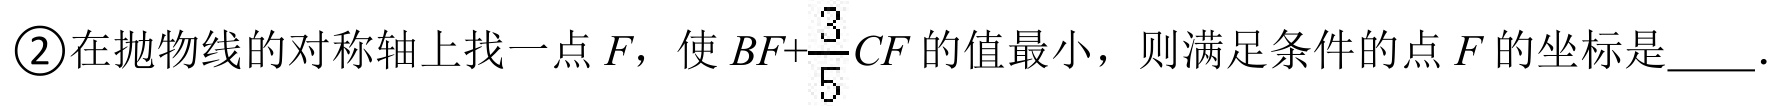
\textcircled{2}在抛物线的对称轴上找一点\(F\)，使\(BF+\dfrac{3}{5}CF\)的值最小，则满足条件的点\(F\)的坐标是  ．